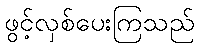
ဖွင့်လှစ်ပေးကြသည်